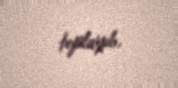
toplayıb.